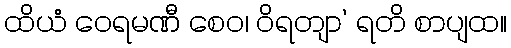
ထိယံ ဝေရမဏီ စေဝ၊ ဝိရတျာ’ ရတိ စာပျထ။